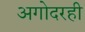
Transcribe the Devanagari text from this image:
अगोदरही